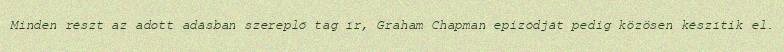
Minden részt az adott adásban szereplő tag ír, Graham Chapman epizódját pedig közösen készítik el.